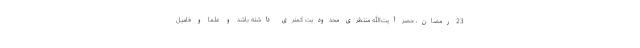
23 رمضان، حصر آیت‌الله منتظرى محدودیت كمترى داشته باشد و علما و فامیل